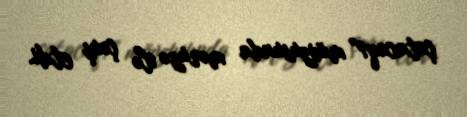
çatacaq?” mövzusunda məruzə ilə çıxış etdi.